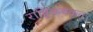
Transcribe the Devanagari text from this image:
राष्ट्रिकयकृत